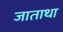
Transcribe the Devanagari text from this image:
जाताथा